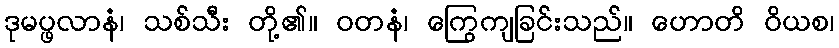
ဒုမပ္ဖလာနံ၊ သစ်သီး တို့၏။ ဝတနံ၊ ကြွေကျခြင်းသည်။ ဟောတိ ဝိယစ၊